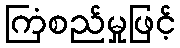
ကြံစည်မှုဖြင့်